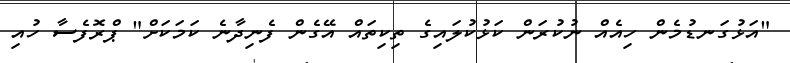
"އަޅުގަނޑުމެން ހިއެއް ނުކުރަން ކަޅުކުލައިގެ ތިކިތައް އޭގެން ފެނިދާނެ ކަމަކަށް" ޕްރޮފެސާ ހުއި